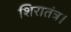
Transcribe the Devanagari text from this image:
शिरातंत्र।